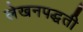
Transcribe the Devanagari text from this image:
लेखनपद्धती